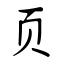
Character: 页